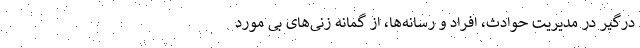
درگير در مديريت حوادث، افراد و رسانه‌ها، از گمانه زنی‌های بی مورد